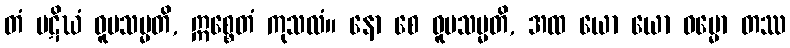
တံ ပဋိဃံ ဝူပသမ္မတိ, ဣစ္စေတံ ကုသလံ။ နော စေ ဝူပသမ္မတိ, အထ ယော ယော ဓမ္မော တဿ